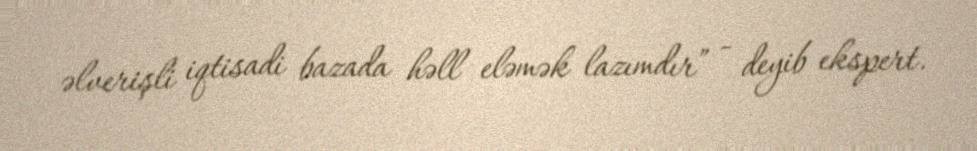
əlverişli iqtisadi bazada həll eləmək lazımdır” - deyib ekspert.